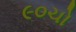
૯૦ચો